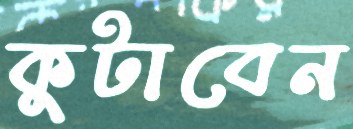
কুটাবেন